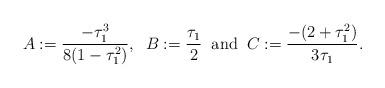
LaTeX: \begin{align*}A:=\frac{-\tau^3_{1}}{8(1-\tau^2_{1})}, \;\; B:=\frac{\tau_{1}}{2}\;\; \mbox{and}\;\; C:=\frac{-(2+\tau^2_{1})}{3\tau_{1}}.\end{align*}